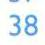
38